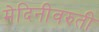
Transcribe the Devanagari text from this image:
मेदिनीवरुती